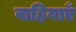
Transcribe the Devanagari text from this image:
वाहियाएँ